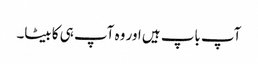
آپ باپ ہیں اور وہ آپ ہی کا بیٹا۔